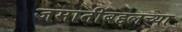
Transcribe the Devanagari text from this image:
जमातींबद्दलच्या